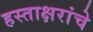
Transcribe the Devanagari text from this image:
हस्ताक्षरांचे